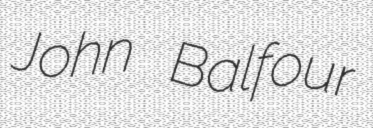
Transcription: John Balfour